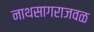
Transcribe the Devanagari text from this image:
नाथसागराजवळ